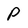
Character: P